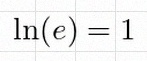
\ln(e)=1